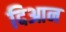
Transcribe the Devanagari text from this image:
दिआन